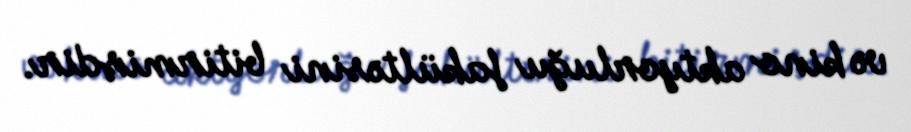
və kino aktyorluğu fakültəsini bitirmişdir.